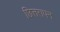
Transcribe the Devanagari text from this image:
छित्तरापन